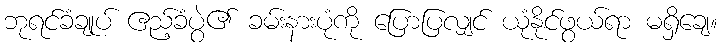
ဘုရင်ခံချုပ် ဧည့်ခံပွဲ၏ ခမ်းနားပုံကို ပြောပြလျှင် ယုံနိုင်ဖွယ်ရာ မရှိချေ။